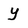
Character: Y